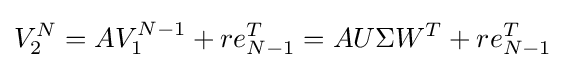
V_{2}^{N}=AV_{1}^{N-1}+re_{N-1}^{T}=AU\Sigma W^{T}+re_{N-1}^{T}